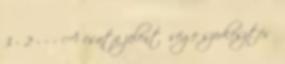
3 - 2 - - - A csata jelentősége szerkesztés